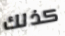
كذلك